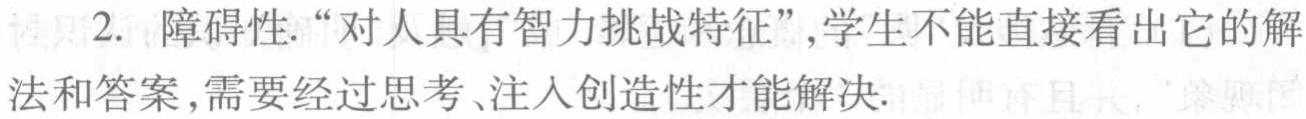
2. 障碍性. “对人具有智力挑战特征”,学生不能直接看出它的解法和答案,需要经过思考、注入创造性才能解决.